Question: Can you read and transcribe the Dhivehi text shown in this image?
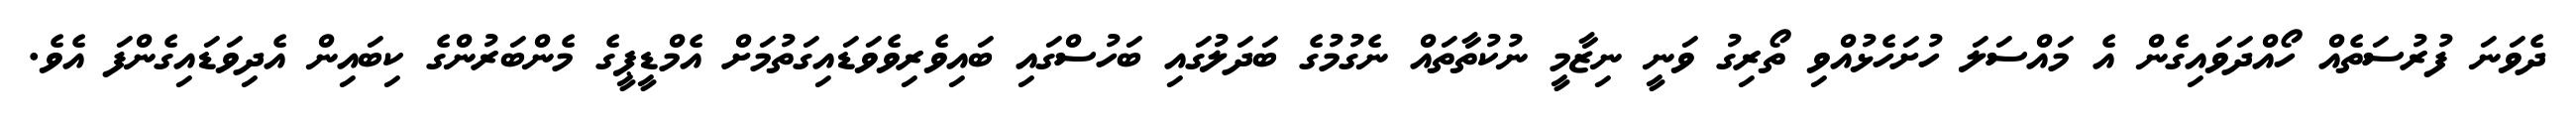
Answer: ދެވަނަ ފުރުސަތެއް ހޯއްދަވައިގެން އެ މައްސަލަ ހުށަހެޅުއްވި ތޯރިގު ވަނީ ނިޒާމީ ނުކުތާތައް ނެގުމުގެ ބަދަލުގައި ބަހުސްގައި ބައިވެރިވެވަޑައިގަތުމަށް އެމްޑީޕީގެ މެންބަރުންގެ ކިބައިން އެދިވަޑައިގެންފަ އެވެ.